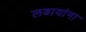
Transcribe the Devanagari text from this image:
लढायांना